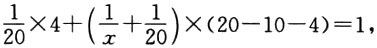
$\frac{1}{20}\times 4+(\frac{1}{x}+\frac{1}{20})\times(20 - 10 - 4)=1,$